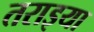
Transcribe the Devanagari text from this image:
तराइया